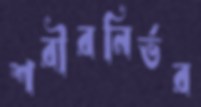
শরীরনির্ভর